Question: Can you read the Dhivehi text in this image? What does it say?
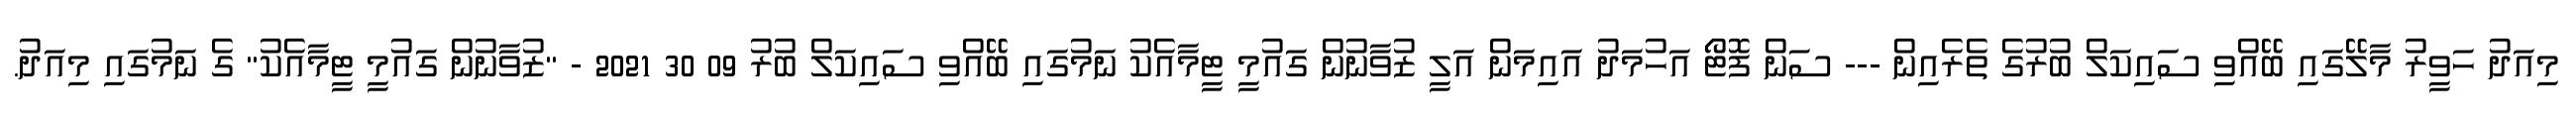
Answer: މިއަދު ހަވީރު މާލޭގައި ބޭއްވި ސައިކަލް ބުރުގެ ތެރެއިން --- ސަން ފޮޓޯ އަހުމަދު އައިމަން އަލީ ޒުވާނުން ގައުމީ ޓީމާއެކު ނަމުގައި ބޭއްވި ސައިކަލް ބުރު 09 30 2021 - "ޒުވާނުން ގައުމީ ޓީމާއެކު" ގެ ނަމުގައި މިއަދު.